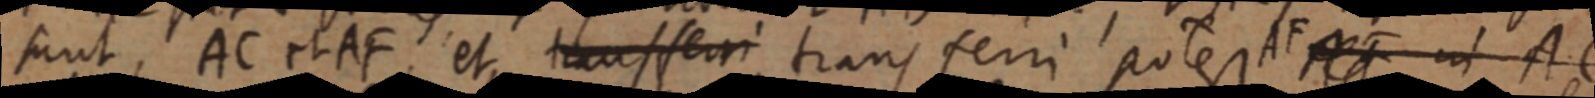
sunt, AC et AF, et transferri transferri potest AF AF ut AC